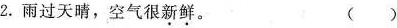
2.雨过天晴，空气很\underset{·}{新}\underset{·}{鲜}。 ( )